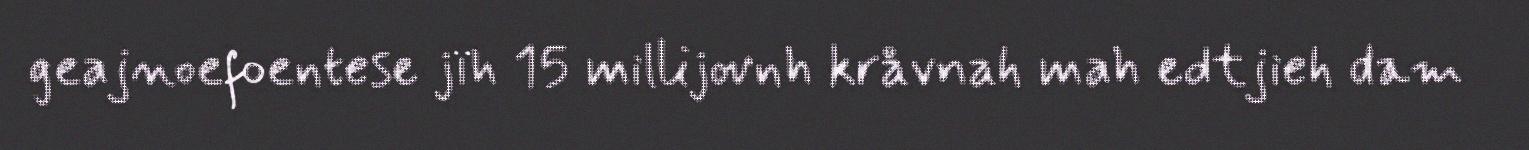
geajnoefoentese jïh 15 millijovnh kråvnah mah edtjieh dam